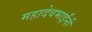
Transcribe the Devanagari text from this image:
महादेवभाईंनी